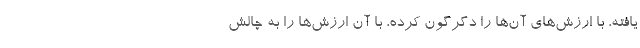
یافته، با ارزش‌های آن‌ها را دگرگون کرده، با آن ارزش‌ها را به چالش